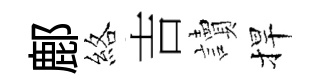
鄜絡吉讀捍